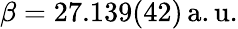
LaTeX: \beta=27.139(42)\, \mathrm{a.u.}